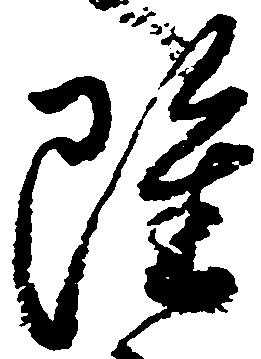
雖